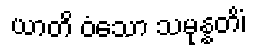
ယာတိ ဝံသော သမုန္နတိံ၊